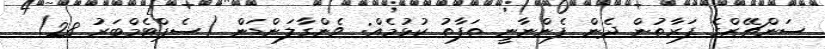
ސަންޗޭޒްގެ ފަރާތުން ދެން ފެންނާނީ ތަފާތު ކުޅުމެއް: ވެންގާލަންޑަން (ސެޕްޓެމްބަރު 28)